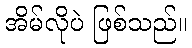
အိမ်လိုပဲ ဖြစ်သည်။